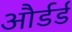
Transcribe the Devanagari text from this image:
और्डर्ड